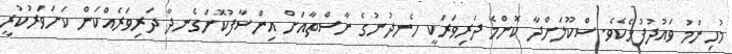
މުހިންމު ވައުދުފުޅެކެވެ. ސްކޫލަށްދާ ކޮންމެ ދަރިވަރަކީ ހެނދުނުގެ ނާސްތާއަށް އިންސާފުކޮށްގެނދާ ދަރިވަރެއްކަން ކަށަވަރުކުރީ